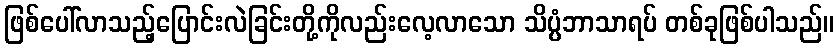
ဖြစ်ပေါ်လာသည့်ပြောင်းလဲခြင်းတို့ကိုလည်းလေ့လာသော သိပ္ပံဘာသာရပ် တစ်ခုဖြစ်ပါသည်။